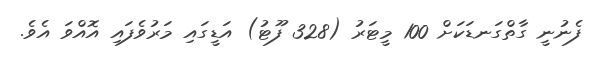
ފެނުނީ ގާތްގަނޑަކަށް 100 މީޓަރު (328 ފޫޓު) އަޑީގައި މަރުވެފައި އޮއްވަ އެވެ.